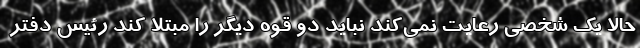
حالا یک شخصی رعایت نمی‌کند نباید دو قوه دیگر را مبتلا کند رئیس دفتر